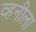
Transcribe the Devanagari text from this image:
व्हनीला